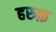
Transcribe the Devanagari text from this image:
हरुफ़